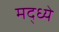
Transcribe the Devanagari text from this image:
मद्ध्ये